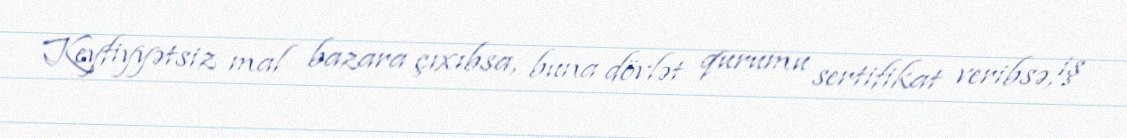
Keyfiyyətsiz mal bazara çıxıbsa, buna dövlət qurumu sertifikat veribsə, iş